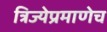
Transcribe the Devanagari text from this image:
त्रिज्येप्रमाणेच